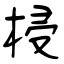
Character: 梫